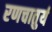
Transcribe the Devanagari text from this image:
रणचातुर्य